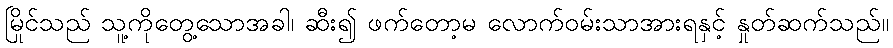
မြိုင်သည် သူ့ကိုတွေ့သောအခါ၊ ဆီး၍ ဖက်တော့မ လောက်ဝမ်းသာအားရနှင့် နှုတ်ဆက်သည်။